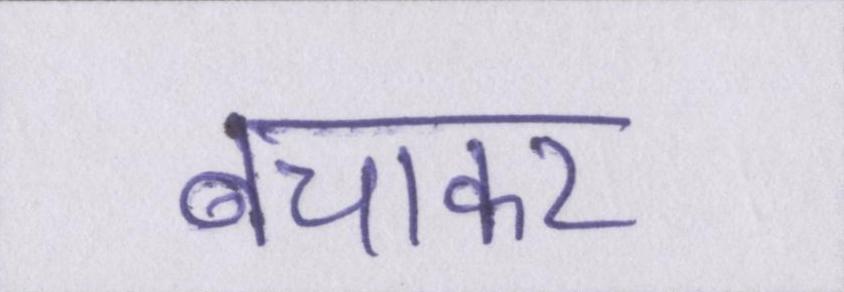
बचाकर